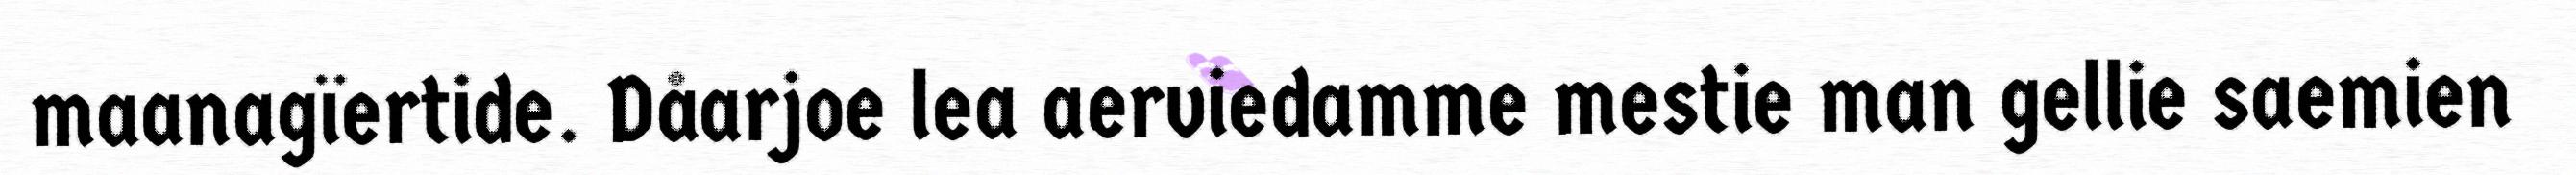
maanagïertide. Dåarjoe lea aerviedamme mestie man gellie saemien